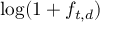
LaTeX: \log ( 1 + f _ { t , d } )